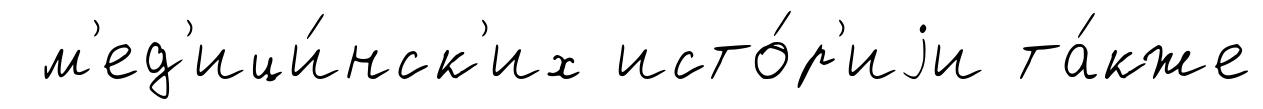
м'ед'ици́нск'их исто́р'иjи та́кже